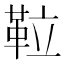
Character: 𩊌